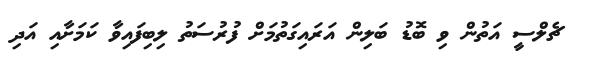
ޗެލްސީ އަތުން ވި ބޮޑު ބަލިން އަރައިގަތުމަށް ފުރުސަތު ލިބިފައިވާ ކަމަށާއި އަދި